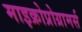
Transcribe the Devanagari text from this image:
माइक्रोप्रोग्रामर्स